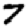
Digit: 7